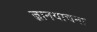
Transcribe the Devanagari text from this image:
ज्ञानयाचना